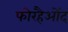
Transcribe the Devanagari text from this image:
फोरहैओंद